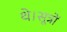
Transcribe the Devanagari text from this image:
थे।सूत्रों